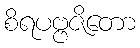
စိရပဗ္ဗဇိတော